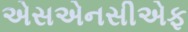
એસએનસીએફ